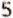
5